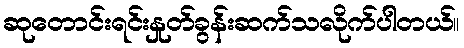
ဆုတောင်းရင်းနှုတ်ခွန်းဆက်သလိုက်ပါတယ်။